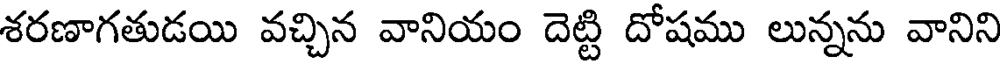
శరణాగతుడయి వచ్చిన వానియం దెట్టి దోషము లున్నను వానిని